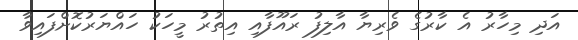
އަދި މިހާރު އެ ކާރުގެ ވެރިޔާ އާލިފު ރައޫފާއި އިތުރު މީހަކު ހައްޔަރުކޮށްފައިވާ